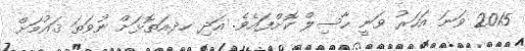
2015 ވަނަ އަހަރު ވަނީ ހާސިލް ކޮށްފައެވެ. އަދި ހދ.އަތޮޅަށް ނުވަތަ ޤައުމަށް